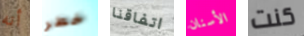
أنه خطر اتفاقنا الأسنان كنت